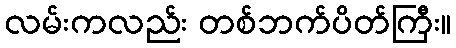
လမ်းကလည်း တစ်ဘက်ပိတ်ကြီး။